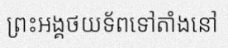
ព្រះអង្គថយទ័ពទៅតាំងនៅ